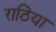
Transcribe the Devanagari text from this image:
राठिया